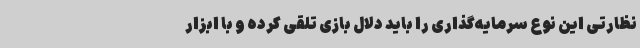
نظارتی این نوع سرمایه‌گذاری را باید دلال بازی تلقی کرده و با ابزار